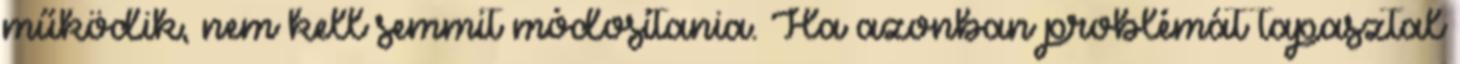
működik, nem kell semmit módosítania. Ha azonban problémát tapasztal